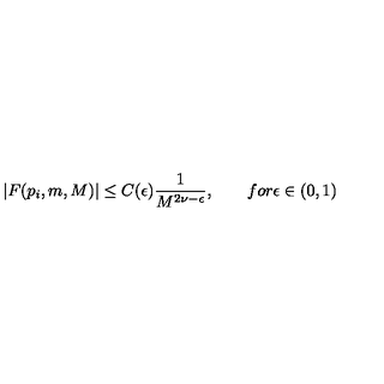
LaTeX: | F ( p _ { i } , m , M ) | \leq C ( \epsilon ) { \frac { 1 } { M ^ { 2 \nu - \epsilon } } } , \qquad f o r \epsilon \in ( 0 , 1 )